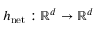
h _ { \mathrm { n e t } } : \mathbb { R } ^ { d } \to \mathbb { R } ^ { d }